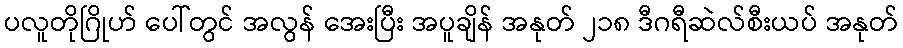
ပလူတိုဂြိုဟ် ပေါ်တွင် အလွန် အေးပြီး အပူချိန် အနုတ် ၂၁၈ ဒီဂရီဆဲလ်စီးယပ် အနုတ်